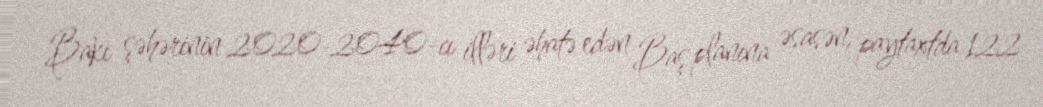
Bakı şəhərinin 2020-2040-cı illəri əhatə edən Baş planına əsasən, paytaxtda 122